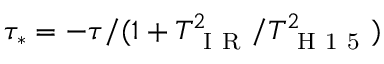
\tau _ { * } = - \tau / ( 1 + T _ { \mathrm { ~ I ~ R ~ } } ^ { 2 } / T _ { \mathrm { ~ H ~ 1 ~ 5 ~ } } ^ { 2 } )